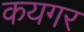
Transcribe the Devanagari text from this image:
कयगर